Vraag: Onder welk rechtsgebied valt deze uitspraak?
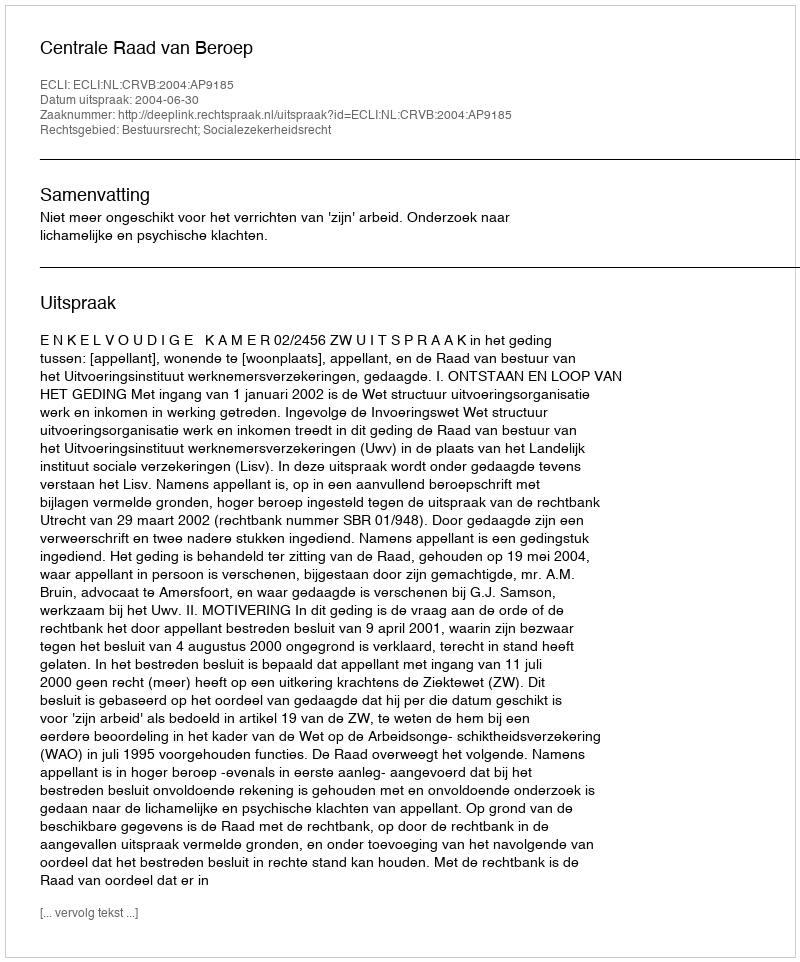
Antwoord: Bestuursrecht; Socialezekerheidsrecht